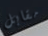
مقابل